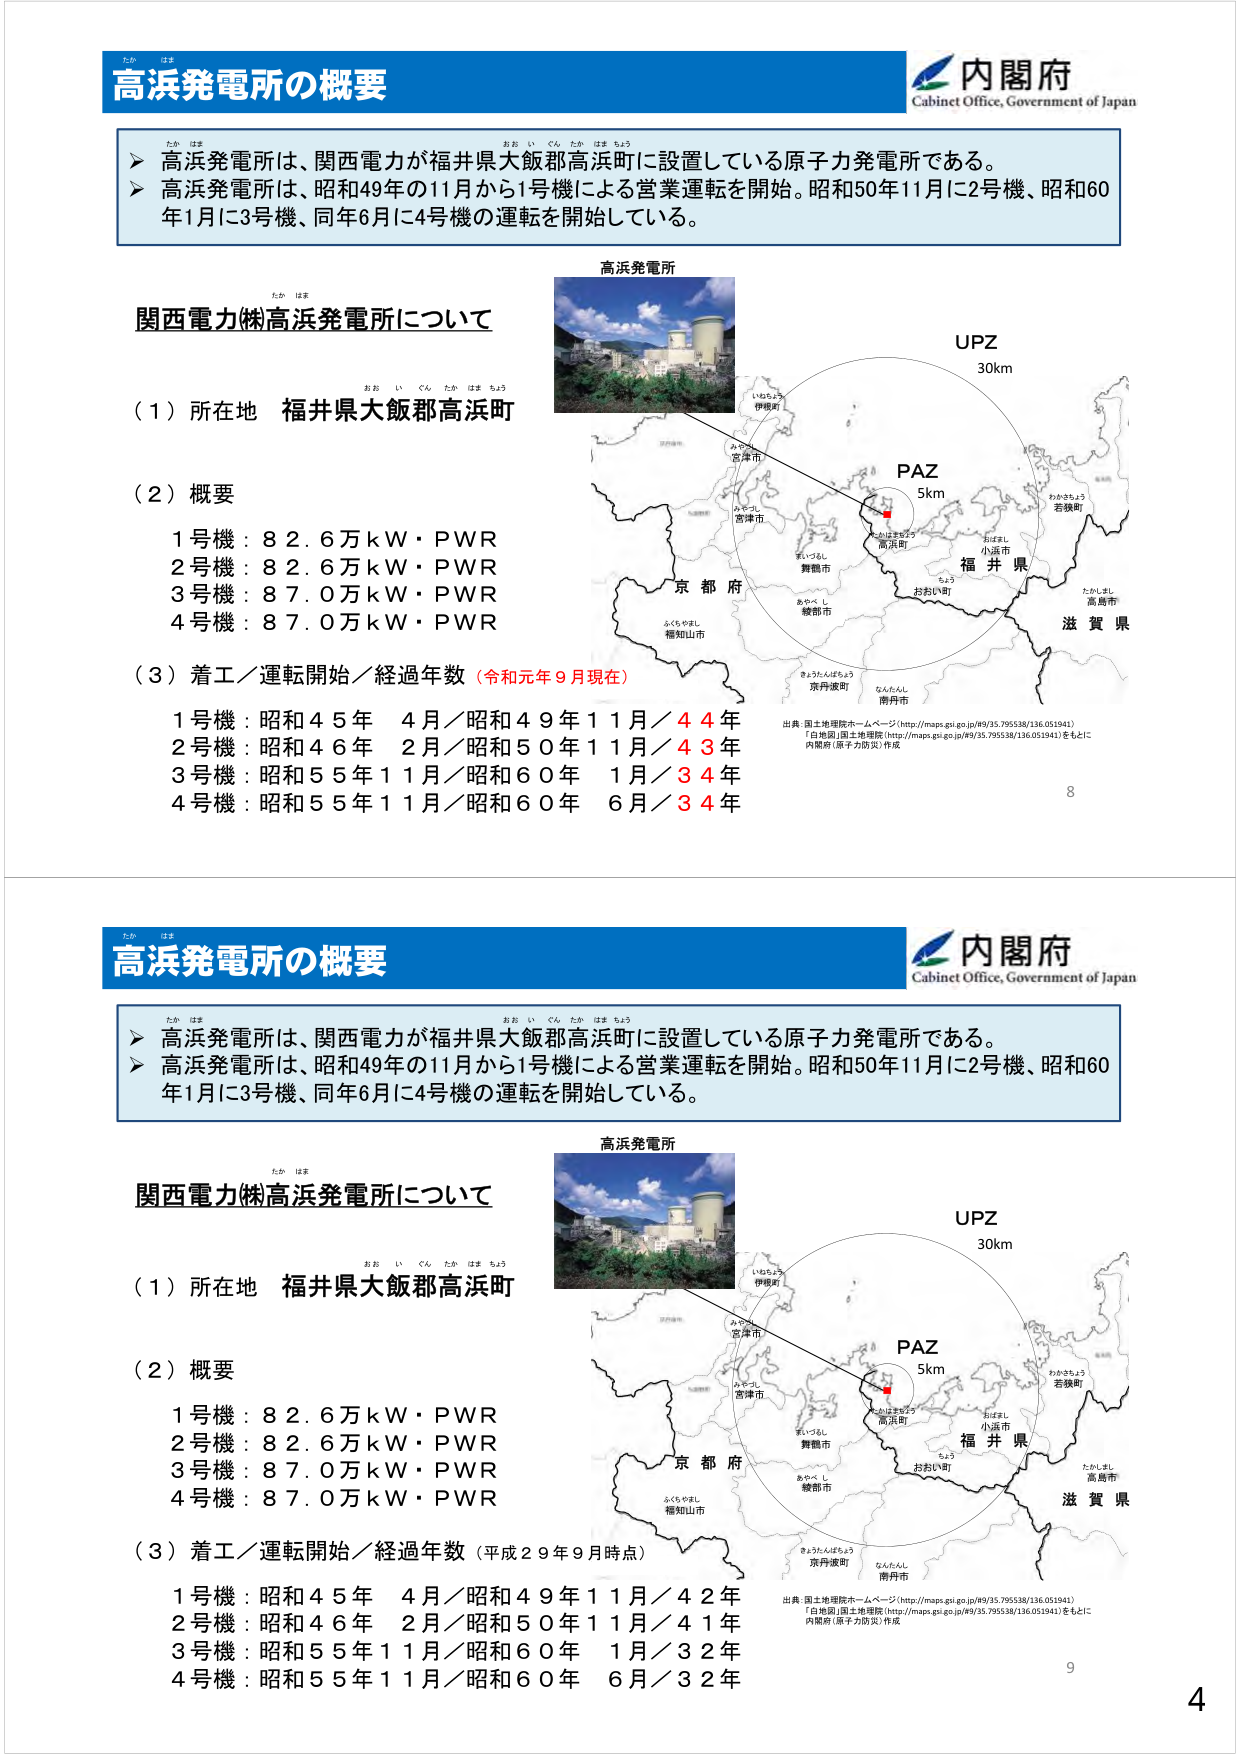
高浜発電所の概要
内閣府
Cabinet Office, Government of Japan
高浜発電所は、関西電力が福井県大飯郡高浜町に設置している原子力発電所である。
高浜発電所は、昭和49年の11月から1号機による営業運転を開始。昭和50年11月に2号機、昭和60年1月に3号機、同年6月に4号機の運転を開始している。
高浜発電所
関西電力㈱高浜発電所について
（1）所在地 福井県大飯郡高浜町
（2）概要
1号機：82.6万kW・PWR
2号機：82.6万kW・PWR
3号機：87.0万kW・PWR
4号機：87.0万kW・PWR
（3）着工／運転開始／経過年数（令和元年9月現在）
1号機：昭和45年 4月／昭和49年11月／44年
2号機：昭和46年 2月／昭和50年11月／43年
3号機：昭和55年11月／昭和60年 1月／34年
4号機：昭和55年11月／昭和60年 6月／34年
UPZ
30km
PAZ
5km
福井県
滋賀県
京都府
出典：国土地理院ホームページ（http://maps.gsi.go.jp/49/35.795538/136.051941）
「日光図」国土地理院（http://maps.gsi.go.jp/49/35.795538/136.051941）をもとに
内閣府（原子力防災）作成
8
高浜発電所の概要
内閣府
Cabinet Office, Government of Japan
高浜発電所は、関西電力が福井県大飯郡高浜町に設置している原子力発電所である。
高浜発電所は、昭和49年の11月から1号機による営業運転を開始。昭和50年11月に2号機、昭和60年1月に3号機、同年6月に4号機の運転を開始している。
高浜発電所
関西電力㈱高浜発電所について
（1）所在地 福井県大飯郡高浜町
（2）概要
1号機：82.6万kW・PWR
2号機：82.6万kW・PWR
3号機：87.0万kW・PWR
4号機：87.0万kW・PWR
（3）着工／運転開始／経過年数（平成29年9月時点）
1号機：昭和45年 4月／昭和49年11月／42年
2号機：昭和46年 2月／昭和50年11月／41年
3号機：昭和55年11月／昭和60年 1月／32年
4号機：昭和55年11月／昭和60年 6月／32年
UPZ
30km
PAZ
5km
福井県
滋賀県
京都府
出典：国土地理院ホームページ（http://maps.gsi.go.jp/49/35.795538/136.051941）
「日光図」国土地理院（http://maps.gsi.go.jp/49/35.795538/136.051941）をもとに
内閣府（原子力防災）作成
9
4